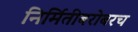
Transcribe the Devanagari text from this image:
निर्मितीबरोबरच